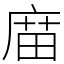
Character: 庿